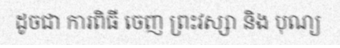
ដូចជា ការពិធី ចេញ ព្រះវស្សា និង បុណ្យ